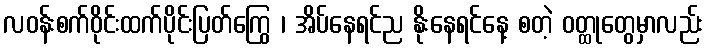
လဝန်းစက်ဝိုင်းထက်ပိုင်းပြတ်ကြွေ ၊ အိပ်နေရင်ည နိုးနေရင်နေ့ စတဲ့ ဝတ္ထုတွေမှာလည်း